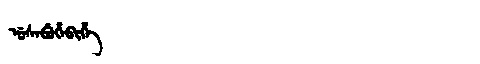
Manchu: ᡠᠰᡝᠪᡠᡥᡝᠪᡳᡥᡝ
Romanization: USEBUHEBIHE